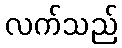
လက်သည်